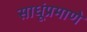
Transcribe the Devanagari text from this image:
साधूंप्रमाणे